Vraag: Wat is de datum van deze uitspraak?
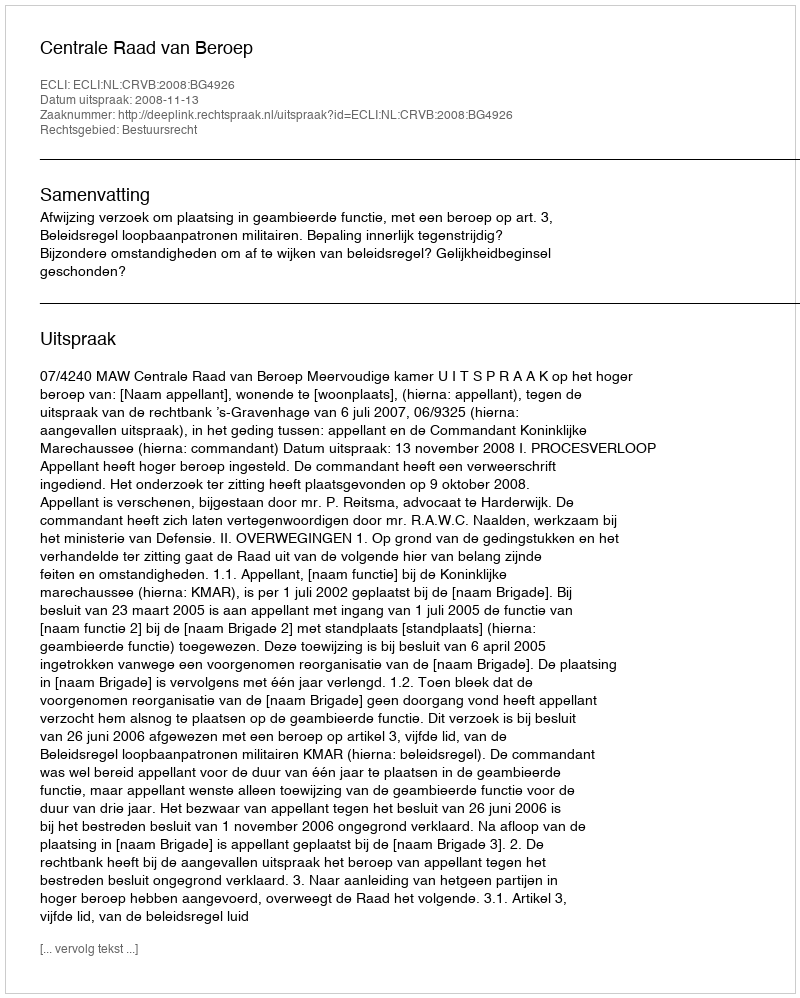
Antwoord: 2008-11-13